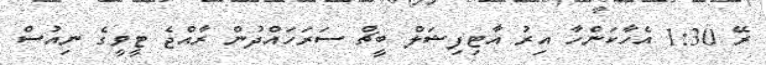
ރޭ 1:30 އެހާކަންހާ އިރު އާޓިފިޝަލް ބީޗް ސަރަހައްދުން ރާއްޖެ ޓީވީގެ ނިއުސް